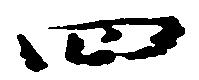
四